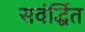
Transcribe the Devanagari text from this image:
सवंर्द्धित